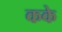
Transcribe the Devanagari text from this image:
कके